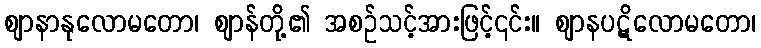
ဈာနာနုလောမတော၊ ဈာန်တို့၏ အစဉ်သင့်အားဖြင့်၎င်း။ ဈာနပဋိလောမတော၊